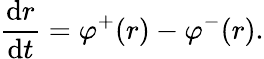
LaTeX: \frac{\mathrm{d}r}{\mathrm{d}t}=\varphi^{+}(r)-\varphi^{-}(r).